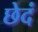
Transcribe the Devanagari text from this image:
छेदं